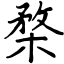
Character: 楘